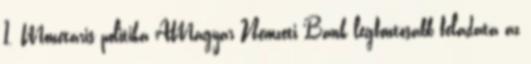
1. Monetáris politika AMagyar Nemzeti Bank legfontosabb feladata az